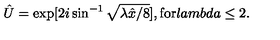
\hat { U } = \exp [ 2 i \sin ^ { - 1 } \sqrt { \lambda \hat { x } / 8 } ] , \mathrm { f o r } l a m b d a \leq 2 .